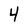
Character: 4